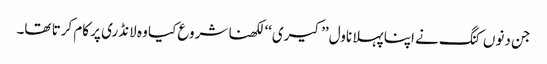
جن دنوں کنگ نے اپنا پہلا ناول ’’کیری‘‘ لکھنا شروع کیا وہ لانڈری پر کام کرتا تھا۔